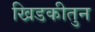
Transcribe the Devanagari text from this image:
खिडकीतुन